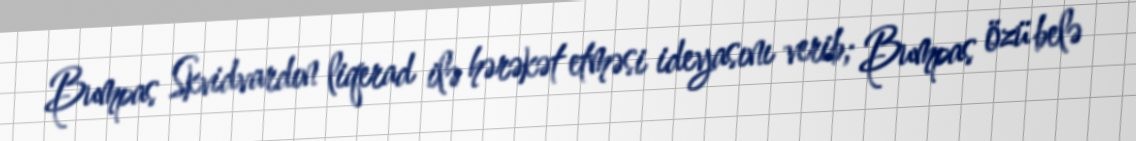
Bumpas Skvidvardın liqerad ilə hərəkət etməsi ideyasını verib; Bumpas özü belə